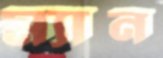
ম্যান